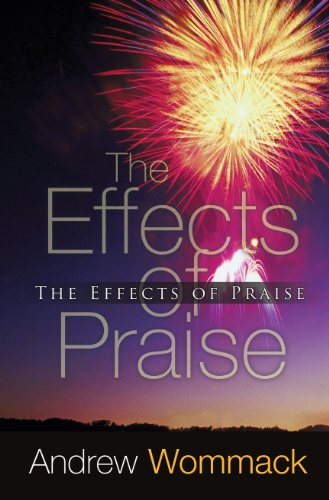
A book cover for The Effects of Praise; Andrew Wommack; Christian Books & Bibles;